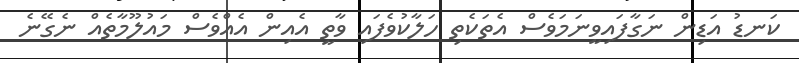
ކަނޑު އަޑިން ނަގާފައިވީނަމަވެސް އެތަކެތި ހަލާކުވެފައި ވާތީ އެއިން އެއްވެސް މައުލޫމާތެއް ނެގޭނެ